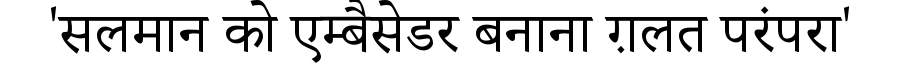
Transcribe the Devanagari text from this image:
'सलमान को एम्बैसेडर बनाना ग़लत परंपरा'